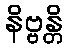
နိဗ္ဗန္တိ